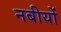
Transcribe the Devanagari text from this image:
नबीयों